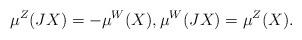
LaTeX: \begin{align*} \mu^Z(JX) = - \mu^W(X), \mu^W(JX) = \mu^Z(X).\end{align*}